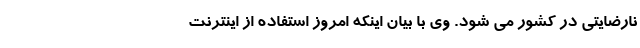
نارضایتی در کشور می شود. وی با بیان اینکه امروز استفاده از اینترنت